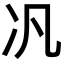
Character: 𪞖